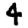
Digit: 4